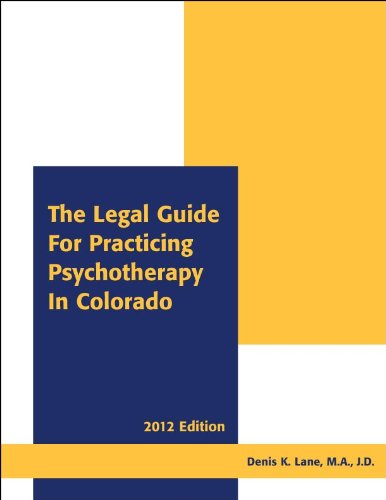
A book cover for The Legal Guide for Practicing Psychotherapy in Colorado 2012; M.A., J.D. Denis K. Lane; Law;